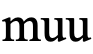
muu